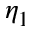
\eta _ { 1 }